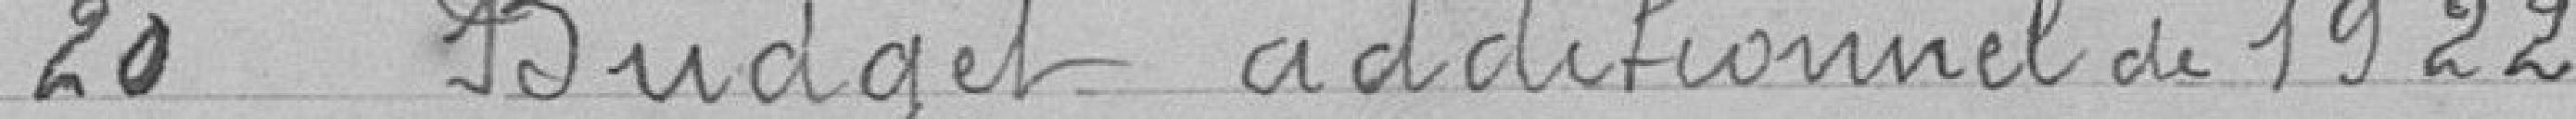
20. Budget additionnel de 1922.